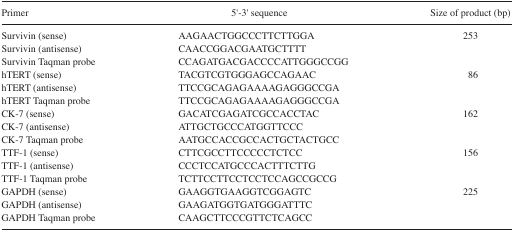
| Primer | 5′-3′ sequence | Size of product (bp) |
 | --- | --- | --- |
 | Survivin (sense) | AAGAACTGGCCCTTCTTGGA | 253 |
 | Survivin (antisense) | CAACCGGACGAATGCTTTT |  |
 | Survivin Taqman probe | CCAGATGACGACCCCATTGGGCCGG |  |
 | hTERT (sense) | TACGTCGTGGGAGCCAGAAC | 86 |
 | hTERT (antisense) | TTCCGCAGAGAAAAGAGGGCCGA |  |
 | hTERT Taqman probe | TTCCGCAGAGAAAAGAGGGCCGA |  |
 | CK-7 (sense) | GACATCGAGATCGCCACCTAC | 162 |
 | CK-7 (antisense) | ATTGCTGCCCATGGTTCCC |  |
 | CK-7 Taqman probe | AATGCCACCGCCACTGCTACTGCC |  |
 | TTF-1 (sense) | CTTCGCCTTCCCCCTCTCC | 156 |
 | TTF-1 (antisense) | CCCTCCATGCCCACTTTCTTG |  |
 | TTF-1 Taqman probe | TCTTCCTTCCTCCTCCAGCCGCCG |  |
 | GAPDH (sense) | GAAGGTGAAGGTCGGAGTC | 225 |
 | GAPDH (antisense) | GAAGATGGTGATGGGATTTC |  |
 | GAPDH Taqman probe | CAAGCTTCCCGTTCTCAGCC |  |